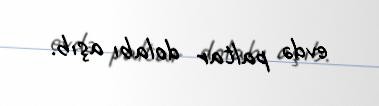
evdə paltar dolabı aşıb.